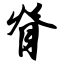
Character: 脊